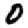
Digit: 0